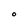
Character: O